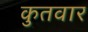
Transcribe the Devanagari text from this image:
कुतवार